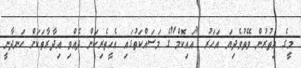
މީގެ އިތުރުން ވޭތުވެދިޔަ އަހަރު "އައިކޮމް"ގެ މަސައްކަތުގައި އެހީތެރިކަން ދެއްވި އިދާރާތަކަށް ހަނދާނީ